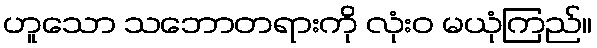
ဟူသော သဘောတရားကို လုံးဝ မယုံကြည်။